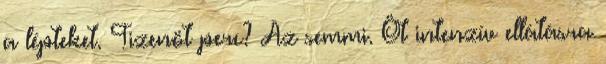
a lépteket. Tizenöt perc? Az semmi. Öt intenzív ellátásra